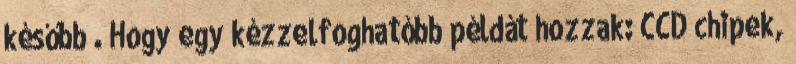
később . Hogy egy kézzelfoghatóbb példát hozzak: CCD chipek,